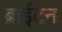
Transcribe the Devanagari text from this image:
ब्राईटन